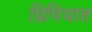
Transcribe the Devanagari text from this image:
प्रिपियात